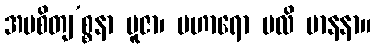
အပစိတျ’စ္စနာ ပူဇာ၊ ပဟာရော ဗလိ မာနနာ။